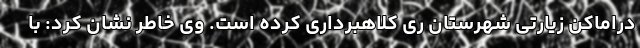
دراماکن زیارتی شهرستان ری کلاهبرداری کرده است. وی خاطر نشان کرد: با